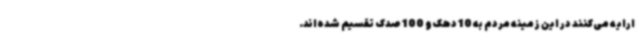
ارایه می‌کنند در این زمینه مردم به 10 دهک و 100 صدک تقسیم شده‌اند.